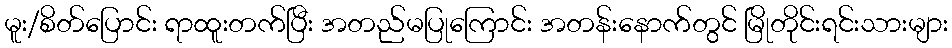
မူး/စိတ်ပြောင်း ရာထူးတက်ပြီး အတည်မပြုကြောင်း အတန်းနောက်တွင် မြိုတိုင်းရင်းသားများ